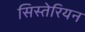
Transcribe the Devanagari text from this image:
सिस्तेरियन